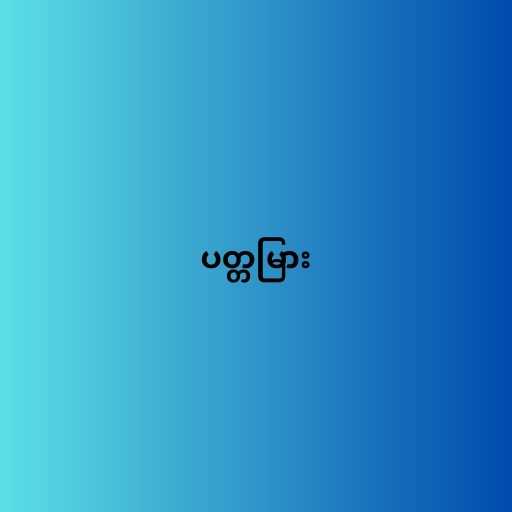
ပတ္တမြား